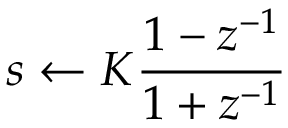
s \leftarrow K { \frac { 1 - z ^ { - 1 } } { 1 + z ^ { - 1 } } }